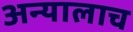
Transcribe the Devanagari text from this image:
अन्यालाच